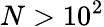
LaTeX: N>10^{2}